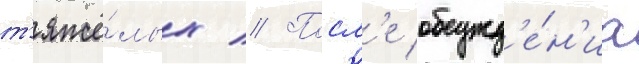
т'яжё́лых // Посл'е обсужд'е́н'иа